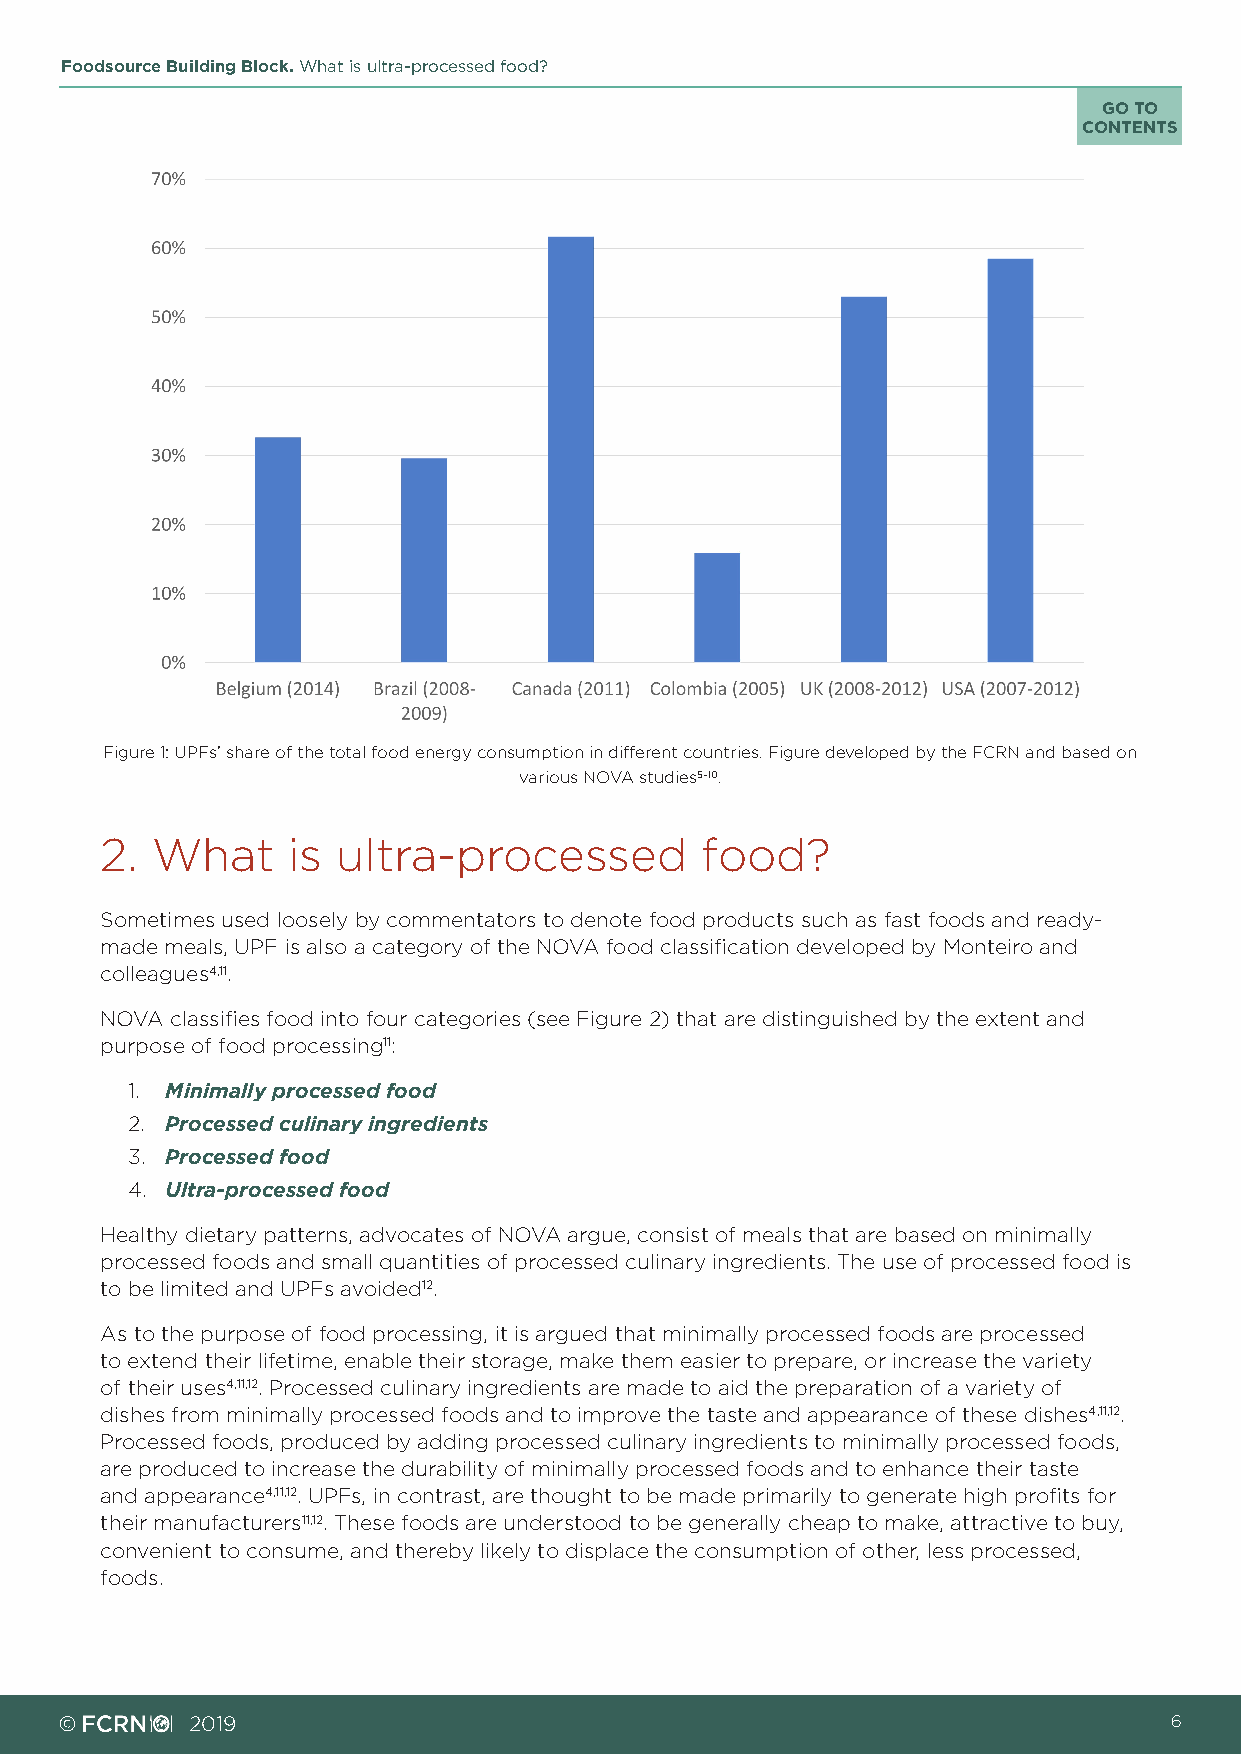
Foodsource Building Block. What is ultra-processed food?
 GO TO
 CONTENTS
 Figure 1: UPFs’ share of the total food energy consumption in different countries. Figure developed by the FCRN and based on
 various NOVA studies5–10.
 2. What     is ultra-processed         food?
 Sometimes used loosely by commentators to denote food products such as fast foods and ready-
 made meals, UPF is also a category of the NOVA food classification developed by Monteiro and
 colleagues4,11.
 NOVA classifies food into four categories (see Figure 2) that are distinguished by the extent and
 purpose of food processing11:
 1. Minimally processed food
 2. Processed culinary ingredients
 3. Processed food
 4. Ultra-processed food
 Healthy dietary patterns, advocates of NOVA argue, consist of meals that are based on minimally
 processed foods and small quantities of processed culinary ingredients. The use of processed food is
 to be limited and UPFs avoided12.
 As to the purpose of food processing, it is argued that minimally processed foods are processed
 to extend their lifetime, enable their storage, make them easier to prepare, or increase the variety
 of their uses4,11,12. Processed culinary ingredients are made to aid the preparation of a variety of
 dishes from minimally processed foods and to improve the taste and appearance of these dishes4,11,12.
 Processed foods, produced by adding processed culinary ingredients to minimally processed foods,
 are produced to increase the durability of minimally processed foods and to enhance their taste
 and appearance4,11,12. UPFs, in contrast, are thought to be made primarily to generate high profits for
 their manufacturers11,12. These foods are understood to be generally cheap to make, attractive to buy,
 convenient to consume, and thereby likely to displace the consumption of other, less processed,
 foods.
 ©        2019                                                            6